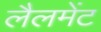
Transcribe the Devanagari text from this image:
लैलमेंट